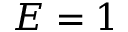
E = 1